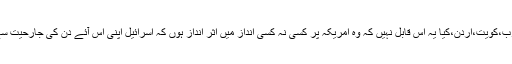
سعودی عرب،کویت،اُردن،کیا یہ اِس قابل نہیں کہ وہ امریکہ پر کِسی نہ کِسی انداز میں اثر انداز ہوں کہ اسرائیل اپنی اِس آئے دن کی جارحیت سے باز آئے۔